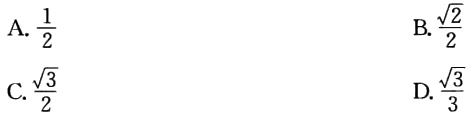
A. $\frac{1}{2}$

B. $\frac{\sqrt{2}}{2}$

C. $\frac{\sqrt{3}}{2}$

D. $\frac{\sqrt{3}}{3}$